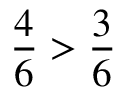
{ \frac { 4 } { 6 } } > { \frac { 3 } { 6 } }